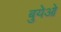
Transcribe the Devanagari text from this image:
बुयेओ